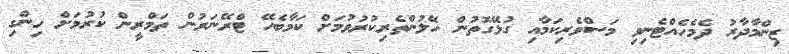
ޒިންމާދާރު ދެމެހެއްޓެނިވި މަސްވެރިކަމާއި ގުޅޭގޮތުން ހޭލުންތެރިކުރުވުމަށް ކަމާބެހޭ ޓްރޭނަރުން ތަމްރީން ކުރުމަށް ހިންގި